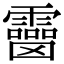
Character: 𩆒